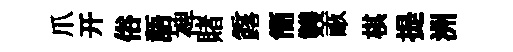
爪开俗語裨賭露簡䨇畞棋提洲